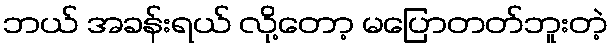
ဘယ် အခန်းရယ် လို့တော့ မပြောတတ်ဘူးတဲ့